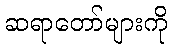
ဆရာတော်များကို